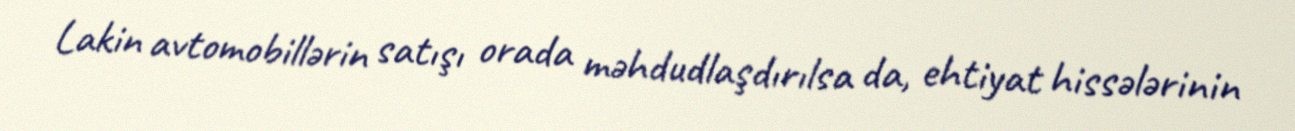
Lakin avtomobillərin satışı orada məhdudlaşdırılsa da, ehtiyat hissələrinin